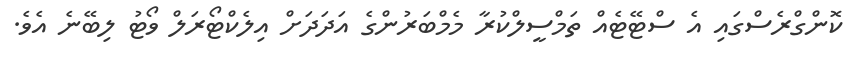
ކޮންގްރެސްގައި އެ ސްޓޭޓެއް ތަމްސީލްކުރާ މެމްބަރުންގެ އަދަދަށް އިލެކްޓޯރަލް ވޯޓު ލިބޭނެ އެވެ.